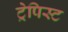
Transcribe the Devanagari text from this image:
ट्रेपिस्ट